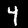
Label: 4